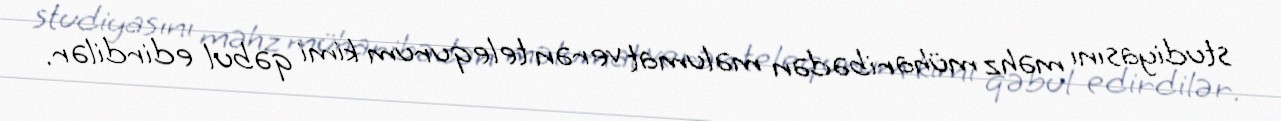
studiyasını məhz müharibədən məlumat verən telequrum kimi qəbul edirdilər.